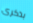
بذكرى